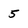
Character: 5